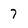
Character: 7